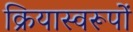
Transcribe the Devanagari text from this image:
क्रियास्वरूपों